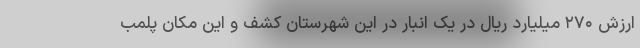
ارزش ۲۷۰ میلیارد ریال در یک انبار در این شهرستان کشف و این مکان پلمب